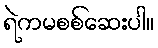
ရဲကမစစ်ဆေးပါ။